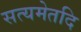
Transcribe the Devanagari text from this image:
सत्यमेतदि